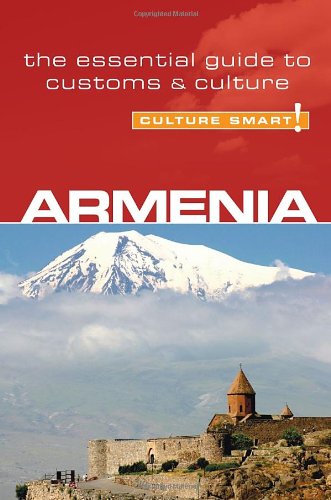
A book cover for Armenia - Culture Smart!: the essential guide to customs & culture; Susan Solomon; Travel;